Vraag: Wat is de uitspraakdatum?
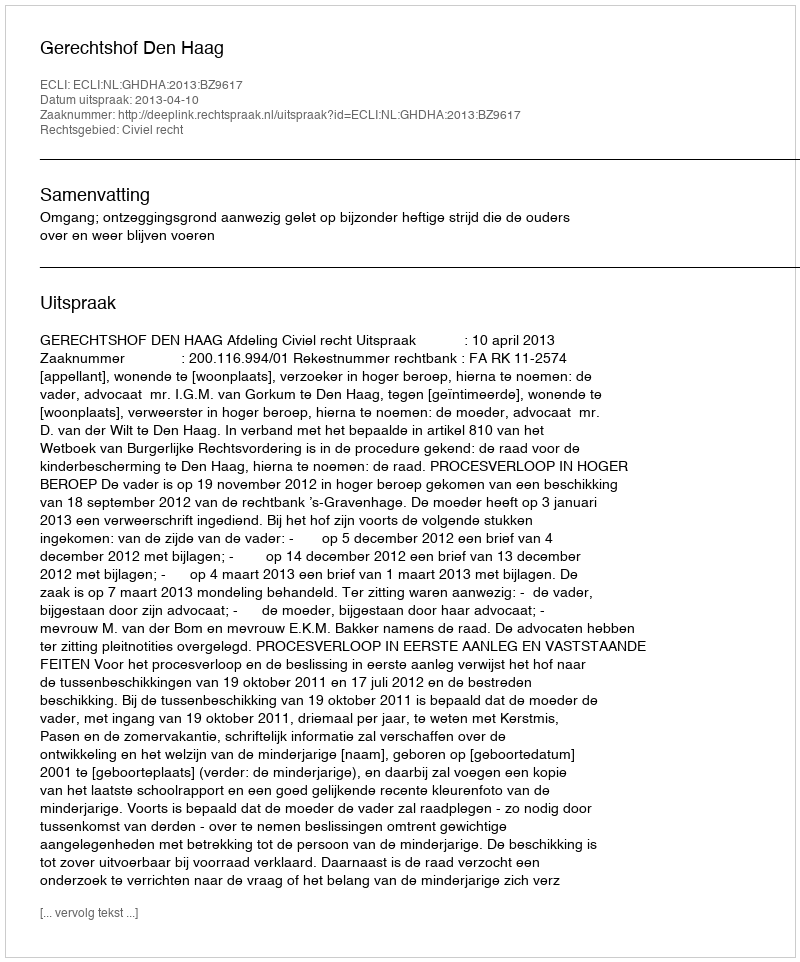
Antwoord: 2013-04-10